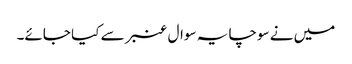
میں نے سوچا یہ سوال عنبر سے کیا جائے۔